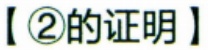
【\textcircled{2}的证明】